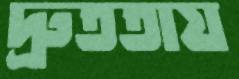
দ্রুততায়